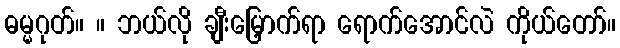
ဓမ္မဂုတ်။ ။ ဘယ်လို ချီးမြှောက်ရာ ရောက်အောင်လဲ ကိုယ်တော်။